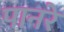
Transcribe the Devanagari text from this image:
पानरे